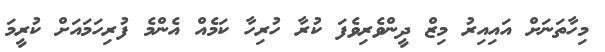
މިހާތަނަށް އައިއިރު މިޒް ދީންވެރިވެފަ ކުރާ ހުރިހާ ކަމެއް އެންމެ ފުރިހަމައަށް ކުރީމަ